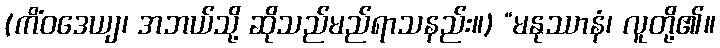
(ကိံဝဒေယျ၊ အဘယ်သို့ ဆိုသည်မည်ရာသနည်း။) “မနုဿာနံ၊ လူတို့၏။